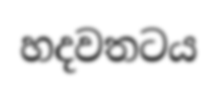
හදවතටය